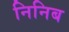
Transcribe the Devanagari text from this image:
निनिब